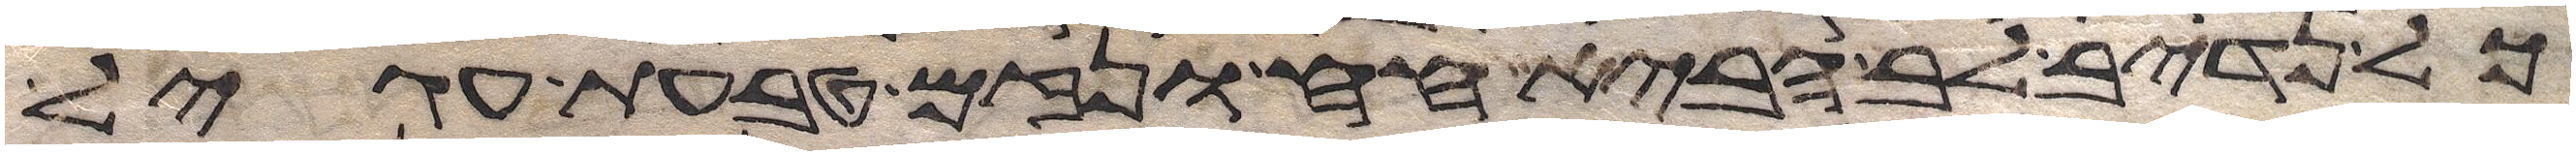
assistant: כל נדיב לב הביא חח ונזם טבעת עגיל